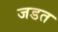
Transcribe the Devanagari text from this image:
जडत